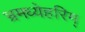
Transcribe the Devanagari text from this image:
भ्रमध्येहरिम्